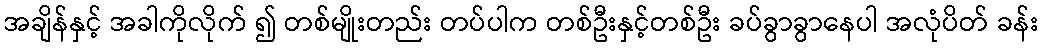
အချိန်နှင့် အခါကိုလိုက် ၍ တစ်မျိုးတည်း တပ်ပါက တစ်ဦးနှင့်တစ်ဦး ခပ်ခွာခွာနေပါ အလုံပိတ် ခန်း